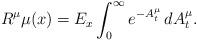
LaTeX: \begin{align*}R^{\mu}\mu(x)=E_{x}\int_{0}^{\infty} e^{-A^{\mu}_{t}}\,dA^{\mu}_{t}.\end{align*}